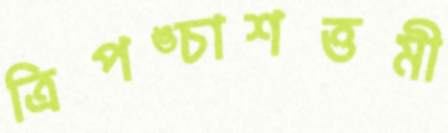
ত্রিপঙ্চাশত্তমী